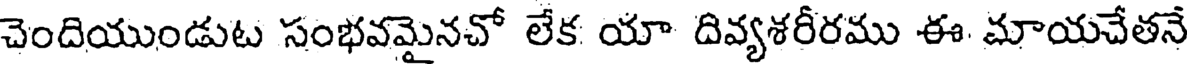
చెందియుండుట సంభవమైనచో లేక యా దివ్యశరీరము ఈ మాయచేతనే